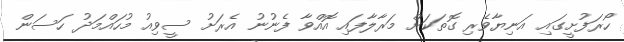
ހޯރަފުށީގައި އަނިޔާވެރި ގޮތަކަށް މަރާލާފައި އޮއްވާ ފެނުނު އެރަށު ސީވިއު މުހައްމަދު ހަސަން